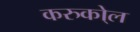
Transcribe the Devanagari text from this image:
करुको्ल